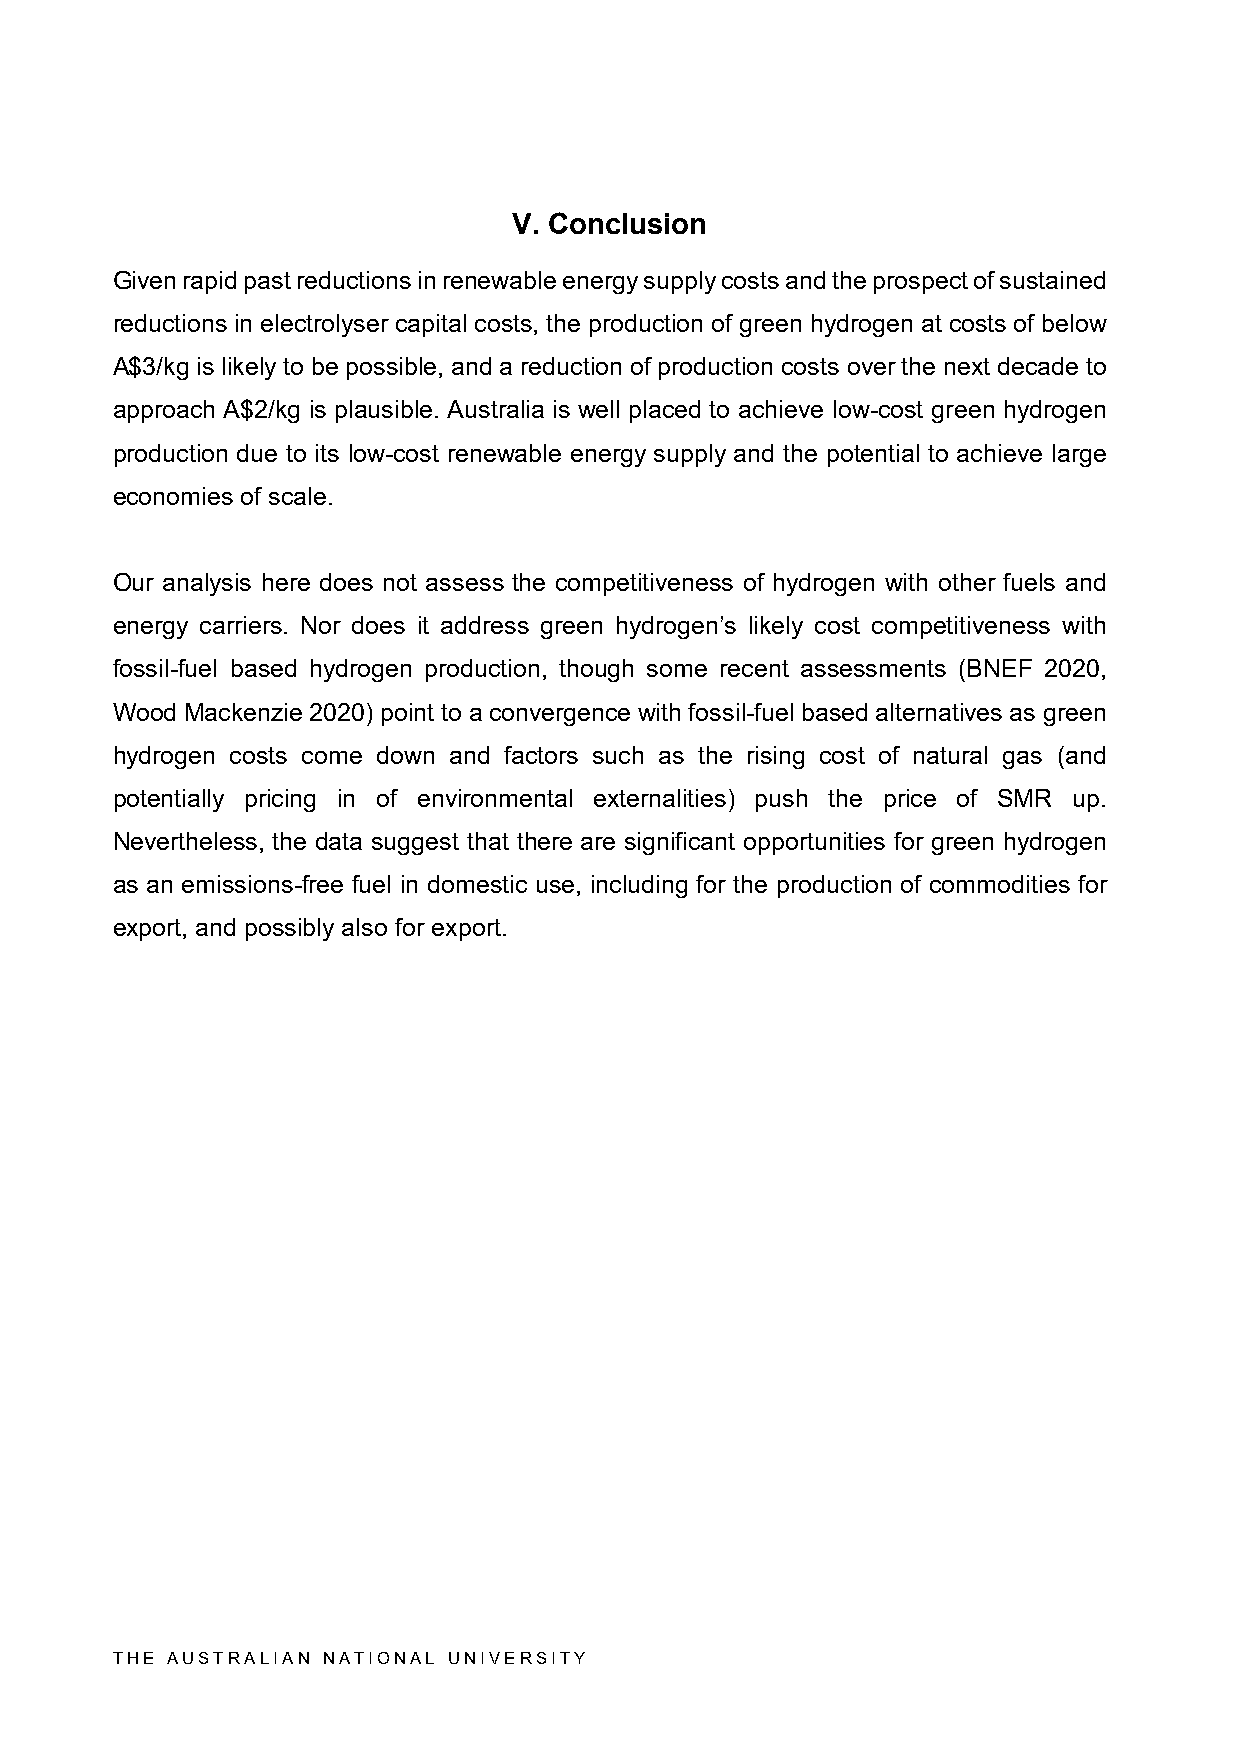
V. Conclusion
 Given rapid past reductions in renewable energy supply costs and the prospect of sustained
 reductions in electrolyser capital costs, the production of green hydrogen at costs of below
 A$3/kg is likely to be possible, and a reduction of production costs over the next decade to
 approach A$2/kg is plausible. Australia is well placed to achieve low-cost green hydrogen
 production due to its low-cost renewable energy supply and the potential to achieve large
 economies of scale.
 Our analysis here does not assess the competitiveness of hydrogen with other fuels and
 energy carriers. Nor does it address green hydrogen’s likely cost competitiveness with
 fossil-fuel based hydrogen production, though some recent assessments (BNEF 2020,
 Wood Mackenzie 2020) point to a convergence with fossil-fuel based alternatives as green
 hydrogen costs come down and factors such as the rising cost of natural gas (and
 potentially pricing in of environmental externalities) push the price of SMR up.
 Nevertheless, the data suggest that there are significant opportunities for green hydrogen
 as an emissions-free fuel in domestic use, including for the production of commodities for
 export, and possibly also for export.
 THE AUSTRALIAN NATIONAL UNIVERSITY